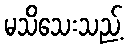
မသိသေးသည့်